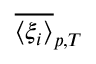
\overline { { \langle \xi _ { i } \rangle } } _ { p , T }